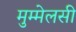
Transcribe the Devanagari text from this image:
मुम्मेलसी